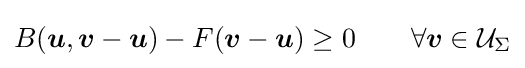
B({\boldsymbol {u}},{\boldsymbol {v}}-{\boldsymbol {u}})-F({\boldsymbol {v}}-{\boldsymbol {u}})\geq 0\qquad \forall {\boldsymbol {v}}\in {\mathcal {U}}_{\Sigma }